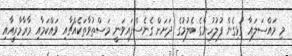
މި މައްސަލައާ ގުޅިގެން ފުލުހުންގެ ބެލުމުގެ ދަށަށް ގެނެސްފައިވަނީ މަސްތުވާތަކެއްޗާއި ވައްކަމާއި މާރާމާރީއާއި